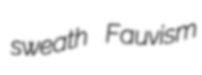
sweath Fauvism